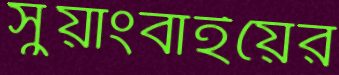
সুয়াংবাইয়ের